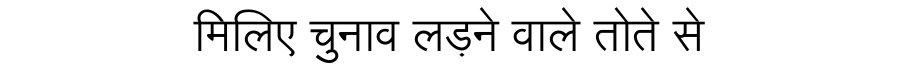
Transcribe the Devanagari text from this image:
मिलिए चुनाव लड़ने वाले तोते से